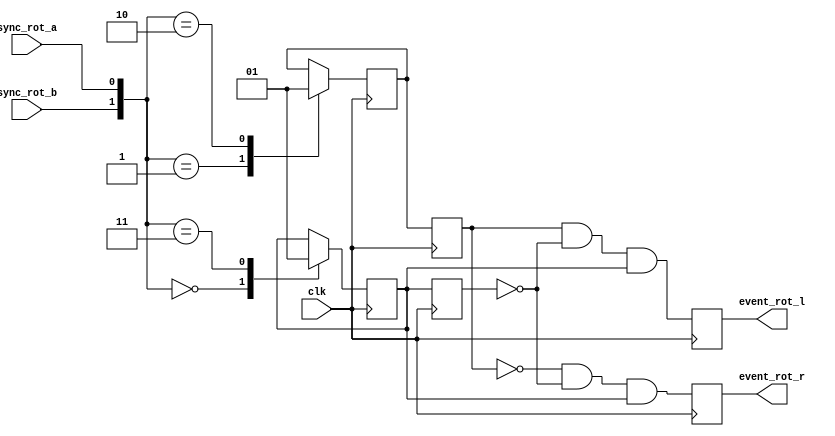
module spinner
  (
  input  wire        sync_rot_a,
  input  wire        sync_rot_b,
  input  wire        clk,
  output reg         event_rot_l,
  output reg         event_rot_r 
  );

  //******************************************************************//
  // Implement rotary knob processing (borrowed from KC/PA design).   //
  //******************************************************************//

  reg                rotary_q1;
  reg                rotary_q2;
  reg                rotary_q1_dly;
  reg                rotary_q2_dly;

  always @(posedge clk)
  begin : filter
    case ({sync_rot_b, sync_rot_a})
      0: rotary_q1 <= 1'b0;
      1: rotary_q2 <= 1'b0;
      2: rotary_q2 <= 1'b1;
      3: rotary_q1 <= 1'b1;
    endcase
    rotary_q1_dly <= rotary_q1;
    rotary_q2_dly <= rotary_q2;
    event_rot_l <=  rotary_q2_dly && !rotary_q1_dly && rotary_q1;
    event_rot_r <= !rotary_q2_dly && !rotary_q1_dly && rotary_q1;
  end

  //******************************************************************//
  //                                                                  //
  //******************************************************************//

endmodule